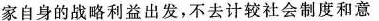
家自身的战略利益出发，不去计较社会制度和意